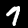
Digit: 7